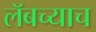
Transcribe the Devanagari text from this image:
लॅबच्याच